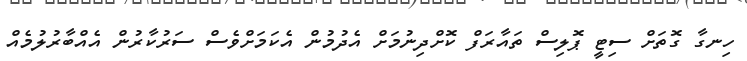
ހިނގާ ގޮތަށް ސިޓީ ޕޮލިސް ތައާރަފް ކޮށްދިނުމަށް އެދުމުން އެކަމަށްވެސް ސަރުކާރުން އެއްބާރުލުމެއް